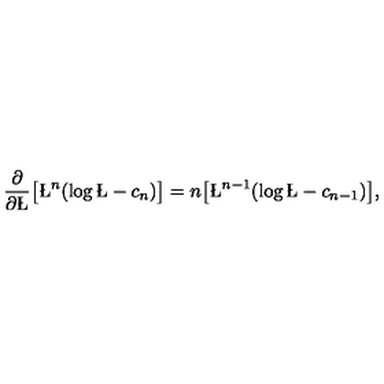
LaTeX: \frac { \partial } { \partial \L } \big [ \L ^ { n } ( \log \L - c _ { n } ) \big ] = n \big [ \L ^ { n - 1 } ( \log \L - c _ { n - 1 } ) \big ] ,